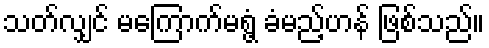
သတ်လျှင် မကြောက်မရွံ့ ခံမည့်ဟန် ဖြစ်သည်။